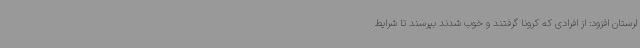
لرستان افزود: از افرادی که کرونا گرفتند و خوب شدند بپرسند تا شرایط